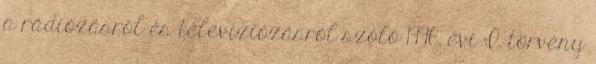
a rádiózásról és televíziózásról szóló 1996. évi I. törvény